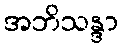
အဘိသန္ဒာ